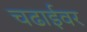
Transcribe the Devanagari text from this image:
चढाईवर